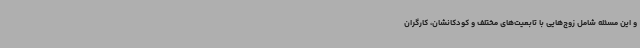
و این مسئله شامل زوج‌هایی با تابعیت‌های مختلف و کودکانشان، کارگران